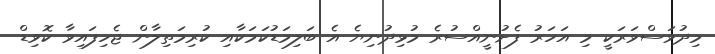
މިދުވަސްވަރަކީ މި އަހަރު ފެށުނީއްސުރެ މުޅިދުނިޔެ އެ ބަލިމަޑުކަމަކާއި ކުރިމަތިލާން ޖެހިފައިވާ ކޮވިޑް